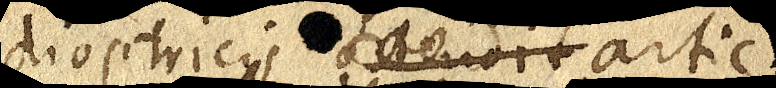
dioptricis ostendit artic.